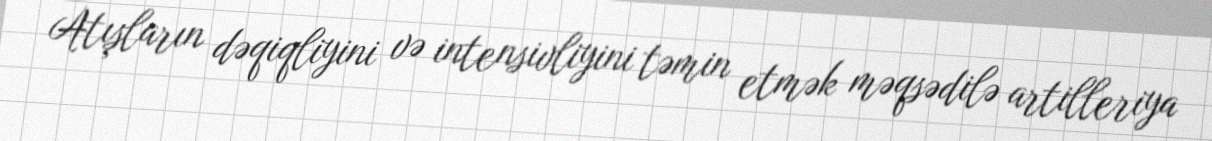
Atışların dəqiqliyini və intensivliyini təmin etmək məqsədilə artilleriya